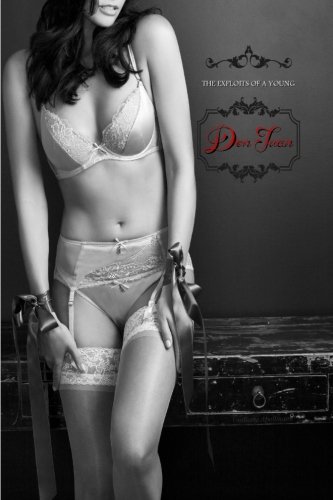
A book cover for The Exploits of a Young Don Juan; Guillame Apollinaire; Romance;